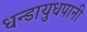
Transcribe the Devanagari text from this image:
धन्डायुधपानी